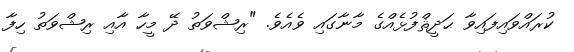
ކުރައްވައިފައިވާ ޙަދީޘްފުޅެއްގެ މާނާގައި ވެއެވެ. "ރިޝްވަތު ދޭ މީހާ އާއި ރިޝްވަތު ހިފާ